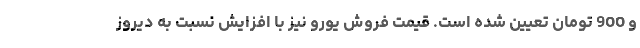
و 900 تومان تعیین شده است. قیمت فروش یورو نیز با افزایش نسبت به دیروز